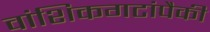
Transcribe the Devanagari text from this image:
वांशिकगटांपैकी